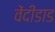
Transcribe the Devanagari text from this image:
वेंदीडाड